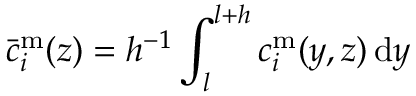
\bar { c } _ { i } ^ { \mathrm { m } } ( z ) = h ^ { - 1 } \int _ { l } ^ { l + h } c _ { i } ^ { \mathrm { m } } ( y , z ) \, \mathrm { d } y